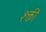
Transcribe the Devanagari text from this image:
श्क्ती